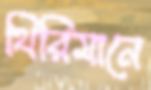
থিরিমানে